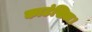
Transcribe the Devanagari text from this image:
काउंसिल।